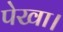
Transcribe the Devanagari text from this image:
पेखा।